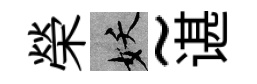
榮妖~谌